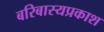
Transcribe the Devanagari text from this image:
बरिबास्यप्रकाश